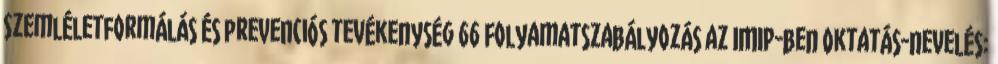
Szemléletformálás és prevenciós tevékenység 66 Folyamatszabályozás az IMIP-ben Oktatás-nevelés: